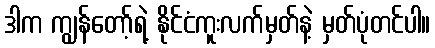
ဒါက ကျွန်တော့်ရဲ့ နိုင်ငံကူးလက်မှတ်နဲ့ မှတ်ပုံတင်ပါ။